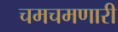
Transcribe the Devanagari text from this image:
चमचमणारी